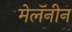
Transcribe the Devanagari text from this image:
मेलॅनीन